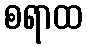
စရာထ